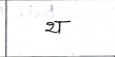
मजकूर: थ